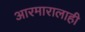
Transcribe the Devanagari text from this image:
आरमारालाही